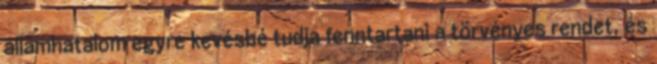
államhatalom egyre kevésbé tudja fenntartani a törvényes rendet, és